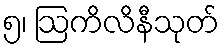
၅၊ ဩကိလိနီသုတ်